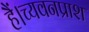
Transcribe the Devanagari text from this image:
हैं।च्यवनप्राश